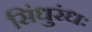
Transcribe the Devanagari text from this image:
सिंधुरंधः